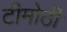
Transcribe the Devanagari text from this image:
टीमोठी